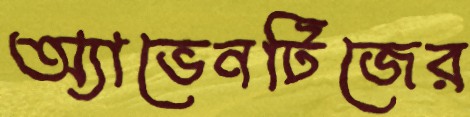
অ্যাভেনটিজের